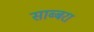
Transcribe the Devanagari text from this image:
साब्बरा